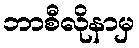
ဘာစီလိုနာမှ